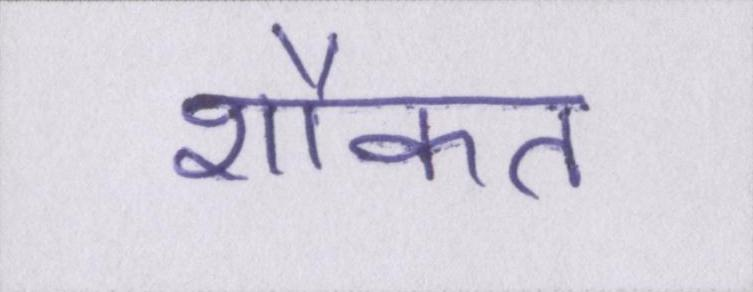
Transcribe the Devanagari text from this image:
शौकत